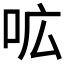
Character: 𭇗